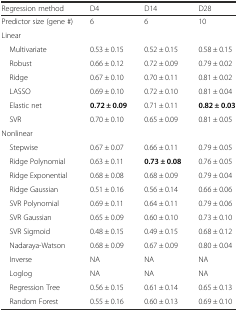
<table><thead><tr><td><b>Regression method</b></td><td><b>D4</b></td><td><b>D14</b></td><td><b>D28</b></td></tr></thead><tbody><tr><td>Predictor size (gene #)</td><td>6</td><td>6</td><td>10</td></tr><tr><td colspan="4">Linear</td></tr><tr><td> Multivariate</td><td>0.53 ± 0.15</td><td>0.52 ± 0.15</td><td>0.58 ± 0.15</td></tr><tr><td> Robust</td><td>0.66 ± 0.12</td><td>0.72 ± 0.09</td><td>0.79 ± 0.02</td></tr><tr><td> Ridge</td><td>0.67 ± 0.10</td><td>0.70 ± 0.11</td><td>0.81 ± 0.02</td></tr><tr><td> LASSO</td><td>0.69 ± 0.10</td><td>0.72 ± 0.10</td><td>0.81 ± 0.04</td></tr><tr><td> Elastic net</td><td><b>0.72 ± 0.09</b></td><td>0.71 ± 0.11</td><td><b>0.82 ± 0.03</b></td></tr><tr><td> SVR</td><td>0.70 ± 0.10</td><td>0.65 ± 0.09</td><td>0.81 ± 0.05</td></tr><tr><td colspan="4">Nonlinear</td></tr><tr><td> Stepwise</td><td>0.67 ± 0.07</td><td>0.66 ± 0.11</td><td>0.79 ± 0.05</td></tr><tr><td> Ridge Polynomial</td><td>0.63 ± 0.11</td><td><b>0.73 ± 0.08</b></td><td>0.76 ± 0.05</td></tr><tr><td> Ridge Exponential</td><td>0.68 ± 0.08</td><td>0.68 ± 0.09</td><td>0.79 ± 0.04</td></tr><tr><td> Ridge Gaussian</td><td>0.51 ± 0.16</td><td>0.56 ± 0.14</td><td>0.66 ± 0.06</td></tr><tr><td> SVR Polynomial</td><td>0.69 ± 0.11</td><td>0.64 ± 0.11</td><td>0.79 ± 0.06</td></tr><tr><td> SVR Gaussian</td><td>0.65 ± 0.09</td><td>0.60 ± 0.10</td><td>0.73 ± 0.10</td></tr><tr><td> SVR Sigmoid</td><td>0.48 ± 0.15</td><td>0.49 ± 0.15</td><td>0.68 ± 0.12</td></tr><tr><td> Nadaraya-Watson</td><td>0.68 ± 0.09</td><td>0.67 ± 0.09</td><td>0.80 ± 0.04</td></tr><tr><td> Inverse</td><td>NA</td><td>NA</td><td>NA</td></tr><tr><td> Loglog</td><td>NA</td><td>NA</td><td>NA</td></tr><tr><td> Regression Tree</td><td>0.56 ± 0.15</td><td>0.61 ± 0.14</td><td>0.65 ± 0.13</td></tr><tr><td> Random Forest</td><td>0.55 ± 0.16</td><td>0.60 ± 0.13</td><td>0.69 ± 0.10</td></tr></tbody></table>